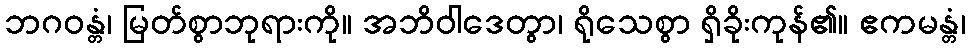
ဘဂဝန္တံ၊ မြတ်စွာဘုရားကို။ အဘိဝါဒေတွာ၊ ရိုသေစွာ ရှိခိုးကုန်၏။ ဧကမန္တံ၊